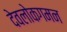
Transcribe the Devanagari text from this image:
देवलोकगमन